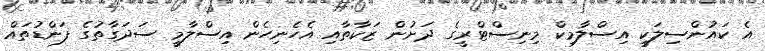
އެ ކައުންސިލަކީ އިސްލާމިކް މިނިސްޓްރީގެ ދަށުން ޒަކާތާއި އެހެނިހެން އިސްލާމީ ސަދަގާތުގެ ފަންޑުތައް